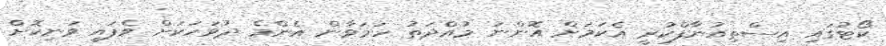
ކޯޓުގައި އިސްތިއުނާފްކުރީ އެކަމަށް އޮންނަ މުއްދަތު ހަމަވާން އެންމެ ދުވަހަކަށް ވެފައި ވަނިކޮށް